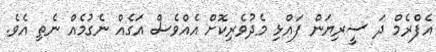
އެފްރެމް ދަ ސީރިޔަން ފައްޅި މެދުވެރިކޮށް އެއްވެސް އަގެއް ނެގުމެއް ނެތި އެވެ.